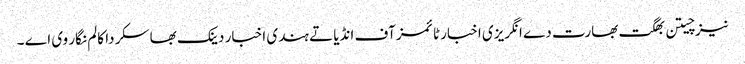
نیز چیتن بھگت بھارت دے انگریزی اخبار ٹائمز آف انڈیا تے ہندی اخبار دینک بھاسکر دا کالم نگار وی اے ۔